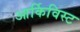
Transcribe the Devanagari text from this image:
आर्किविस्ट